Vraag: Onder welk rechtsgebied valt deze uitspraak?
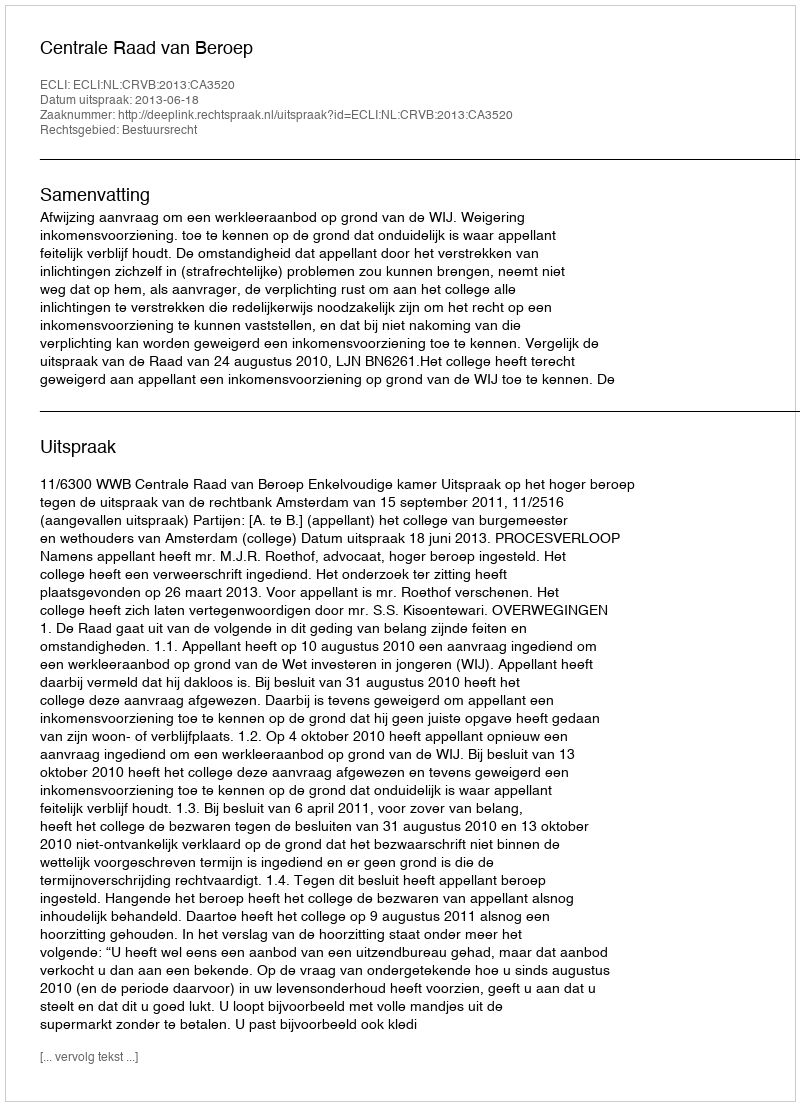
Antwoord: Bestuursrecht